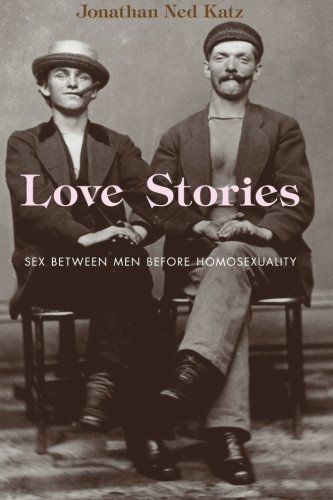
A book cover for Love Stories: Sex between Men before Homosexuality; Jonathan Ned Katz; Gay & Lesbian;